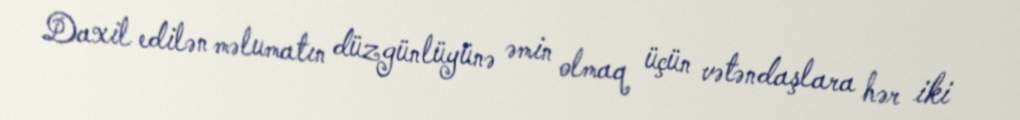
Daxil edilən məlumatın düzgünlüyünə əmin olmaq üçün vətəndaşlara hər iki